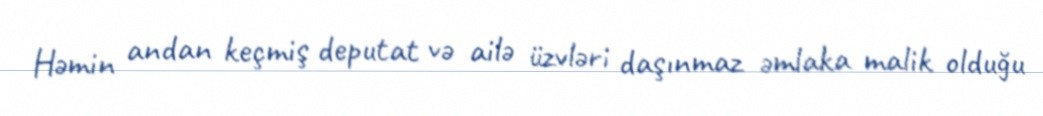
Həmin andan keçmiş deputat və ailə üzvləri daşınmaz əmlaka malik olduğu